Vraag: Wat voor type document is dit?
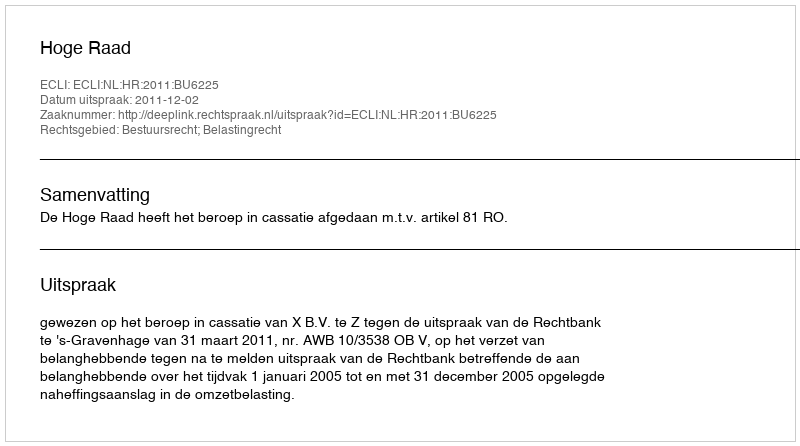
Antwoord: Uitspraak